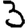
Digit: 3